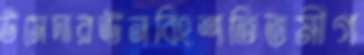
উমেদারঊনবিংশতিতমীগ